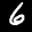
Label: 6